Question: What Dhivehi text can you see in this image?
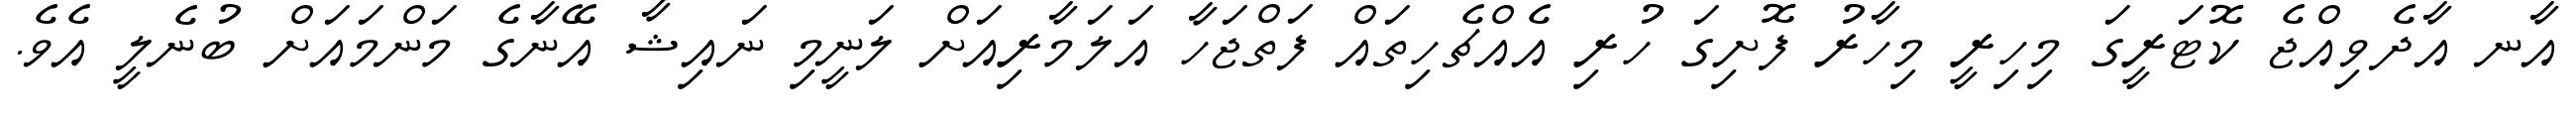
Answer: އާނ އާދެވިއްޖެ ކޮޓަރީގަ މިހިރީ މިހާރު ފޮށިގަ ހުރި އެއްޗެހިތައް ފަތްޖަހާ އަލަމާރިއަށް ލަނީމި ނައިޝާ އޭނާގެ މަންމައަށް ބުނެލީ އެވެ.